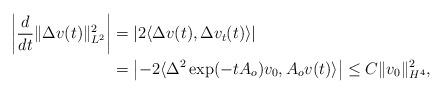
LaTeX: \begin{align*}\left|\frac{d}{dt}\|\Delta v(t)\|_{L^2}^2\right|&=\left|2\langle\Delta v(t),\Delta v_t(t)\rangle\right|\\&=\left|-2\langle\Delta^2\exp(-tA_o)v_0,A_o v(t)\rangle\right| \leq C\|v_0\|_{H^4}^2,\end{align*}